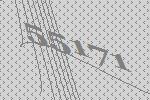
55171